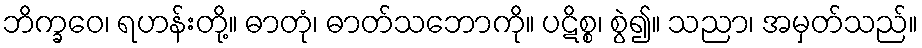
ဘိက္ခဝေ၊ ရဟန်းတို့။ ဓာတုံ၊ ဓာတ်သဘောကို။ ပဋိစ္စ၊ စွဲ၍။ သညာ၊ အမှတ်သည်။